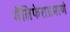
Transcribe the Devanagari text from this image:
मॅलिफेराप्रमाणे